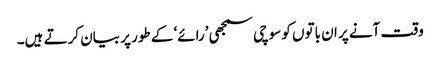
وقت آنے پر ان باتوں کو سوچی سمجھی ’رائے‘ کے طور پر بیان کرتے ہیں۔